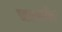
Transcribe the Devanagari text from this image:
चतकोर